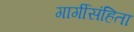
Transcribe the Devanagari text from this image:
गार्गीसंहिता